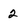
Character: 2